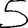
Digit: 5